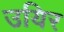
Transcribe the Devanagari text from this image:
उयिर